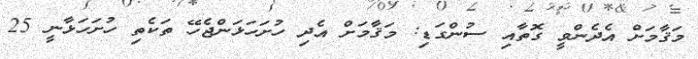
މަޤާމަށް އެދެންވީ ގޮތާއި ސުންގަޑި: މަޤާމަށް އެދި ހުށަހަޅަންޖެހޭ ތަކެތި ހުށަހަޅާނީ 25